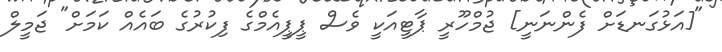
"[އަޅުގަނޑަށް ފެންނަނީ] ޖުމްހޫރީ ޕާޓީއަކީ ވެސް ޕީޕީއެމްގެ ފިކުރުގެ ބައެއް ކަމަށް" ޖަމީލް